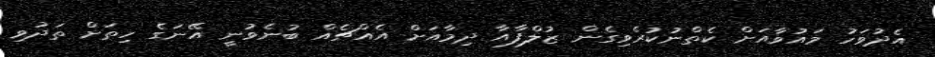
އެދުވަހު މައުވާއަށް ކެތްނުކުރެވިގެން ޒުލްފާއާ ދިމާއަށް އެއްޗެއް ބުނެވުނީ އޭނަގެ ހިތަށް ތަދުވި